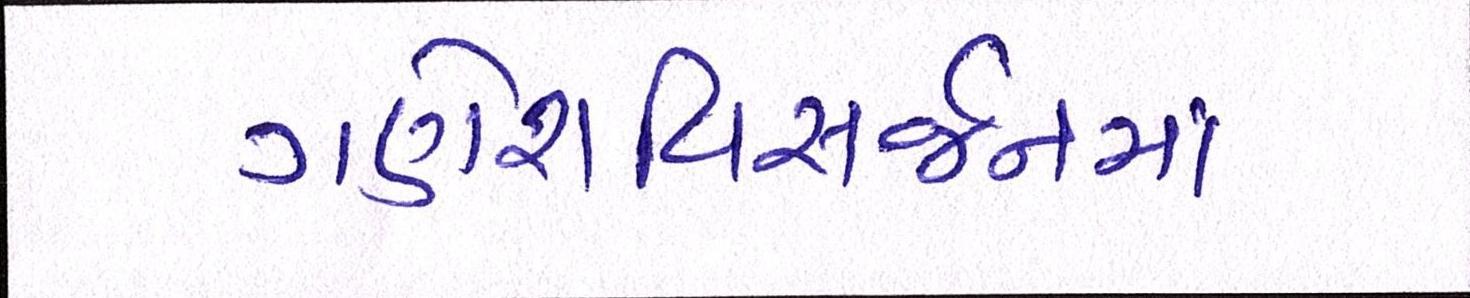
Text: ગણેશવિસર્જનમાં